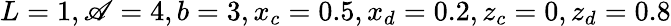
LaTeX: L=1,\mathscr{A}=4,b=3,x_{c}=0.5,x_{d}=0.2,z_{c}=0,z_{d}=0.8